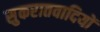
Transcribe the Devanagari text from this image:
सुकरातवादियों